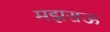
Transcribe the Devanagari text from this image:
मझराऊ